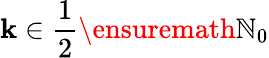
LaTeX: \mathbf{k}\in\frac{1}{2}\ensuremath{{\mathbb{{N}}}}_{0}